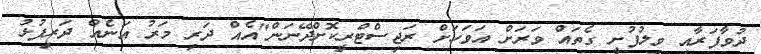
ދުވާފަރާއި ވިލުފުށީ ގެތައް ވަރަށް އަވަހަށް ރަޖިސްޓްރީކޮށްދޭނަން"އެއް ދަރި މަރު އަނެއް ދަރިފުޅު